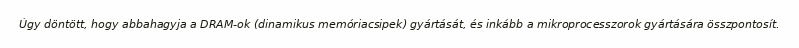
Úgy döntött, hogy abbahagyja a DRAM-ok (dinamikus memóriacsipek) gyártását, és inkább a mikroprocesszorok gyártására összpontosít.